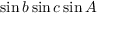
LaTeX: \sin b \sin c \sin A